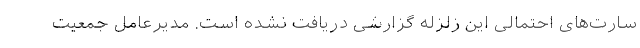
سارت‌های احتمالی این زلزله گزارشی دریافت نشده است. مدیرعامل جمعیت